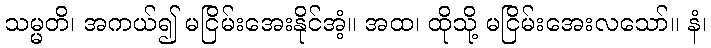
သမ္မတိ၊ အကယ်၍ မငြိမ်းအေးနိုင်အံ့။ အထ၊ ထိုသို့ မငြိမ်းအေးလသော်။ နံ၊